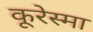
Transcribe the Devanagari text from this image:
कूरेस्मा